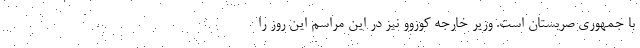
با جمهوری صربستان است. وزیر خارجه کوزوو نیز در این مراسم این روز را